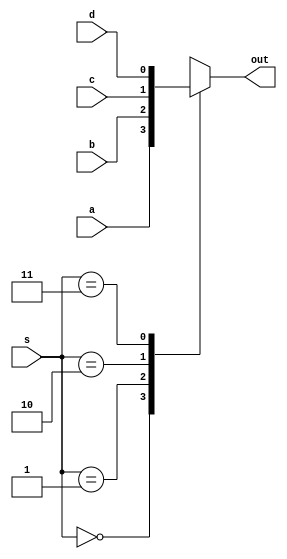
module mux4_1(output reg out, input wire a, b, c, d, input wire [1:0] s);
// mux con construccin always (procedural), las asignaciones deben ser a variables con estado ('out' ahora es tipo reg)
// en el caso de un modulo combinacional, se debe usar la asignacin procedural 'con bloqueo' que equivale al "=" de C  

always @(a or b or c or d or s) //alternativamente, always @(a, b, s) o always @* (automtico, considera todas las var)
                      //no hace falta begin...end porque el always contiene una sola sentencia, el case
  case (s)              
    2'b00: out = a;
    2'b01: out = b;
    2'b10: out = c;
    2'b11: out = d;
    default: out = 'bx; //desconocido en cualquier otro caso (x  z), no se especifica el tamao en la cte, si 'out' fuera mayor
                        // de un bit, el bit ms sigificativo si es x  z se extiende hasta completar el tamao total
  endcase
  
endmodule